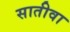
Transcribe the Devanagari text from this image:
सातीवा